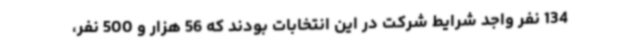
134 نفر واجد شرایط شرکت در این انتخابات بودند که 56 هزار و 500 نفر،